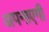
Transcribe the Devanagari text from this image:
अपनाएगी